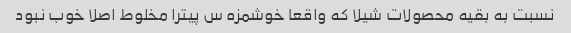
نسبت به بقیه محصولات شیلا که واقعا خوشمزه س پیترا مخلوط اصلا خوب نبود